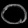
Digit: ၀